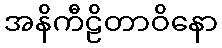
အနိကီဠိတာဝိနော